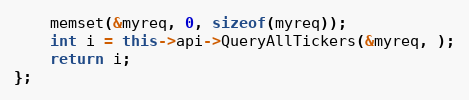
Language: C++
	memset(&myreq, 0, sizeof(myreq));
	int i = this->api->QueryAllTickers(&myreq, );
	return i;
};